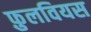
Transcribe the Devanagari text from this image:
फ़ुलवियस